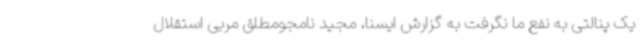
یک پنالتی به نفع ما نگرفت به گزارش ایسنا، مجید نامجومطلق مربی استقلال